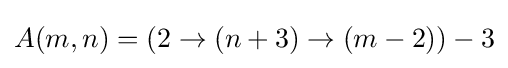
A(m,n)=(2\to (n+3)\to (m-2))-3